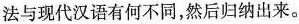
法与现代汉语有何不同，然后归纳出来。